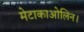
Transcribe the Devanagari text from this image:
मेटाकाओलिन।